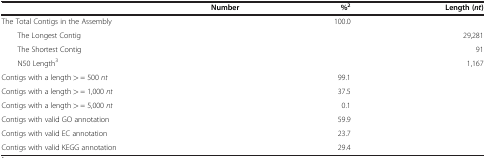
<table><thead><tr><td>[EMPTY_CELL]</td><td><b>Number</b></td><td><b>%<sup>2</sup></b></td><td><b>Length (<i>nt</i>)</b></td></tr></thead><tbody><tr><td>The Total Contigs in the Assembly</td><td>[EMPTY_CELL]</td><td>100.0</td><td>[EMPTY_CELL]</td></tr><tr><td>The Longest Contig</td><td>[EMPTY_CELL]</td><td>[EMPTY_CELL]</td><td>29,281</td></tr><tr><td>The Shortest Contig</td><td>[EMPTY_CELL]</td><td>[EMPTY_CELL]</td><td>91</td></tr><tr><td>N50 Length<sup>3</sup></td><td>[EMPTY_CELL]</td><td>[EMPTY_CELL]</td><td>1,167</td></tr><tr><td>Contigs with a length &gt; = 500 <i>nt</i></td><td>[EMPTY_CELL]</td><td>99.1</td><td>[EMPTY_CELL]</td></tr><tr><td>Contigs with a length &gt; = 1,000 <i>nt</i></td><td>[EMPTY_CELL]</td><td>37.5</td><td>[EMPTY_CELL]</td></tr><tr><td>Contigs with a length &gt; = 5,000 <i>nt</i></td><td>[EMPTY_CELL]</td><td>0.1</td><td>[EMPTY_CELL]</td></tr><tr><td>Contigs with valid GO annotation</td><td>[EMPTY_CELL]</td><td>59.9</td><td>[EMPTY_CELL]</td></tr><tr><td>Contigs with valid EC annotation</td><td>[EMPTY_CELL]</td><td>23.7</td><td>[EMPTY_CELL]</td></tr><tr><td>Contigs with valid KEGG annotation</td><td>[EMPTY_CELL]</td><td>29.4</td><td>[EMPTY_CELL]</td></tr></tbody></table>